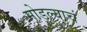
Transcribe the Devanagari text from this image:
मोडल्याचं